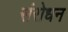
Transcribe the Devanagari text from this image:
संरोधन